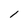
Character: 1